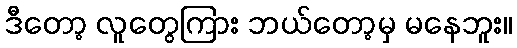
ဒီတော့ လူတွေကြား ဘယ်တော့မှ မနေဘူး။